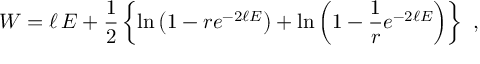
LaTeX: W = \ell \, E + \frac { 1 } { 2 } \left\{ \ln \left( 1 - r e ^ { - 2 \ell E } \right) + \ln \left( 1 - \frac { 1 } { r } e ^ { - 2 \ell E } \right) \right\} \ ,